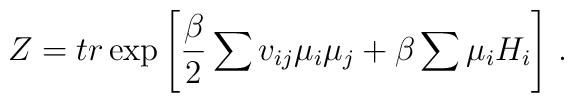
Z=tr\exp \left[ \frac{\beta }{2}\sum v_{ij}\mu_{i}\mu _{j}+\beta  \sum \mu_{i}H_{i}\right]\, .